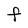
Character: F